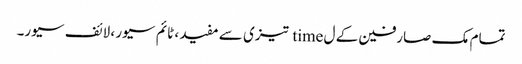
تمام مک صارفین کے ل time تیزی سے مفید ، ٹائم سیور ، لائف سیور۔